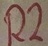
Text: R2